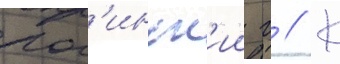
рог'инск'ии г // К